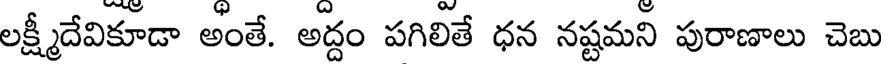
లక్ష్మీదేవికూడా అంతే. అద్దం పగిలితే ధన నష్టమని పురాణాలు చెబు